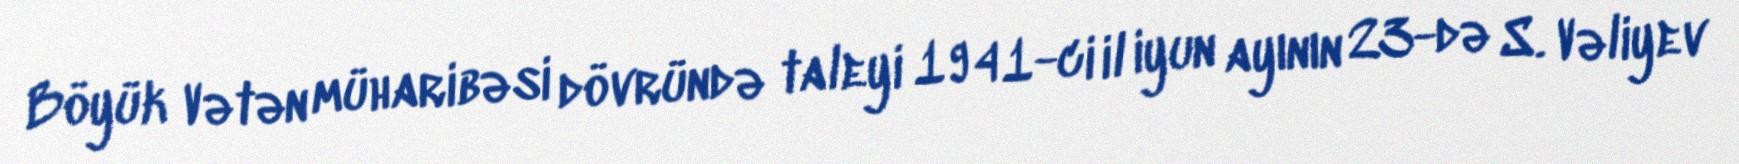
Böyük Vətən müharibəsi dövründə taleyi 1941-ci il iyun ayının 23-də S. Vəliyev